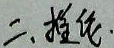
二、推论.